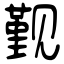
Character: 觐